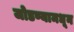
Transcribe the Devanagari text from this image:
जोडण्यामधून